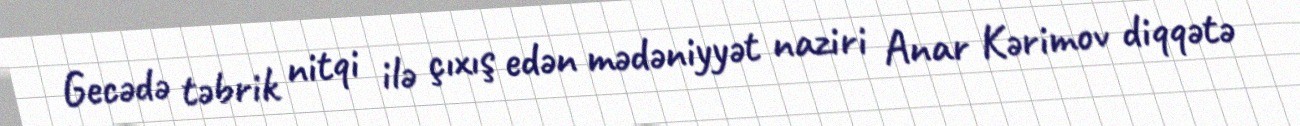
Gecədə təbrik nitqi ilə çıxış edən mədəniyyət naziri Anar Kərimov diqqətə